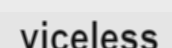
viceless